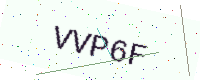
Text: VVP6F